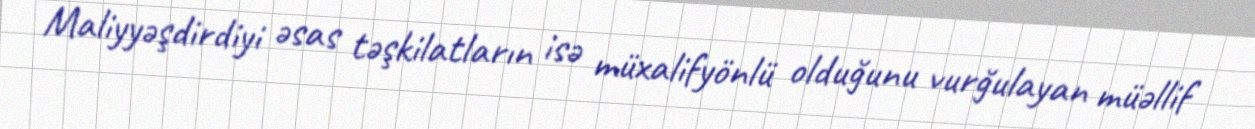
Maliyyəşdirdiyi əsas təşkilatların isə müxalifyönlü olduğunu vurğulayan müəllif